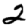
Digit: 2